Black-water fever - Number 35
Disease focus: Fever
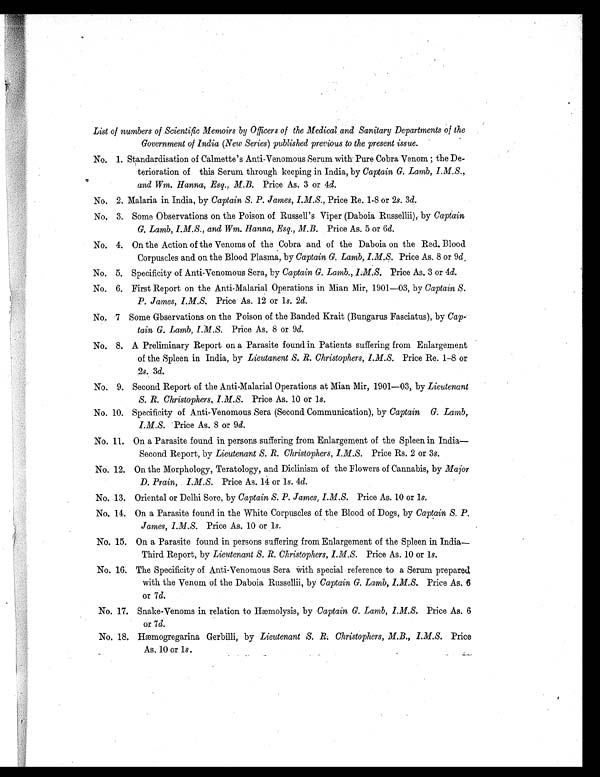
List of numbers of Scientific. Memoirs by Officers of the Medical, and Sanitary Departments of the
Government of India (New Series) published previous to the present issue.
No. 1 . Standardisation of Calmette's Anti-Venomous Serum with Pure Cobra Venom ; the De-
terioration of this Serum through keeping in India, by Captain G. Lamb, I.M.S.,
and Wm. Hanna, Esq., M.B. Price As. 3 or 4d.
No. 2. Malaria in India, by Captain S. P. James, I.M.S., Price Re. 1-8 or 2s. 3d.
No. 3. Some Observations on the Poison of Russell's Viper (Daboia Russellii), by Captain
G. Lamb, I.M.S., and Wm. Hanna, Esq., M.B. Price As. 5 or 6d.
No. 4. On the Action of the Venoms of the Cobra and of the Daboia on the Red. Blood
Corpuscles and on the Blood Plasma, by Captain G. Lamb, I.M.S. Price As. 8 or 9 d .
No. 5. Specificity of Anti-Venomous Sera, by Captain G. Lamb., I.M.S. Price As. 3 or 4d.
No. 6. First Report on the Anti-Malarial Operations in Mian Mir, 1901—03, by Captain S.
P. James, I.M.S. Price As. 12 or 1s. 2d.
No. 7 Some Gbservations on the Poison of the Banded Krait (Bungarus Fasciatus), by Cap-
tain G. Lamb, I.M.S. Price As. 8 or 9d.
No. 8. A Preliminary Report on a Parasite found in Patients suffering from Enlargement
of the Spleen in India, by Lieutanent S. R. Christophers, I.M.S. Price Re. 1-8 or
2s. 3d.
No. 9. Second Report of the Anti-Malarial Operations at Mian Mir, 1901—03, by Lieutenant
S. R. Christophers, I.M.S. Price As. 10 or 1s.
No. 10. Specificity of Anti-Venomous Sera (Second Communication), by Captain G. Lamb,
I.M.S. Price As. 8 or 9d.
No. 11 . On a Parasite found in persons suffering from Enlargement of the Spleen in India
—Second Report, by Lieutenant S. R. Christophers, I.M.S. Price Rs. 2 or 3s.
No. 12. On the Morphology, Teratology, and Diclinism of the Flowers of Cannabis, by Major
D. Prain, I.M.S. Price As. 14 or 1s. 4d.
No. 13. Oriental or Delhi Sore, by Captain S. P. James, I.M.S. Price As. 10 or 1s.
No. 14. On a Parasite found in the White Corpuscles of the Blood of Dogs, by Captain S. P.
James, I.M.S. Price As. 10 or 1s.
No. 15. On a Parasite found in persons suffering from Enlargement of the Spleen in India
—Third Report, by Lieutenant S. R. Christophers, I.M.S. Price As. 10 or 1s.
No. 16. The Specificity of Anti-Venomous Sera with special reference to a Serum prepared
with the Venom of the Daboia Russellii, by Captain G. Lamb, I.M.S. Price As. 6
or 7d.
No. 17. Snake-Venoms in relation to Hæmolysis, by Captain G. Lamb, I.M.S. Price As. 6
or 7d.
No. 18. Hæmogregarina Gerbilli, by Lieutenant S. R; Christophers, M.B., I.M.S. Price
As. 10 or 1s.